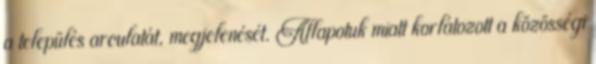
a település arculatát, megjelenését. Állapotuk miatt korlátozott a közösségi